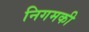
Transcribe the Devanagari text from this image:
निगमकी